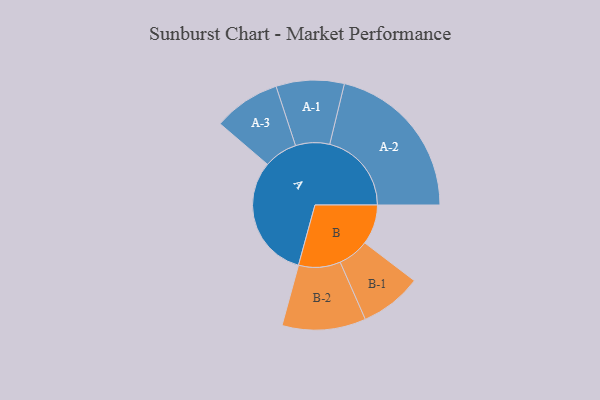
{"axis": {"x": "Segment", "y": "Value"}, "legend": ["", "A", "B"], "data": [{"x": "A", "y": 442, "type": ""}, {"x": "B", "y": 143, "type": ""}, {"x": "A-1", "y": 122, "type": "A"}, {"x": "A-2", "y": 293, "type": "A"}, {"x": "A-3", "y": 120, "type": "A"}, {"x": "B-1", "y": 111, "type": "B"}, {"x": "B-2", "y": 150, "type": "B"}]}